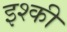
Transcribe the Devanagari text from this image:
इश्की